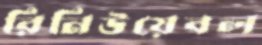
রিনিউয়েবল